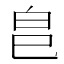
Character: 𭽊